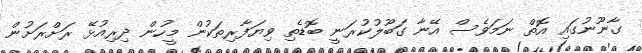
ގާނޫނުގައި އޮތް ނަމަވެސް އޭނާ ގަބޫލުކުރަނީ ބޮޑެތި ވިޔަފާރިތަކުން މީހުން ދިރިއުޅޭ ރަށްރަށުން